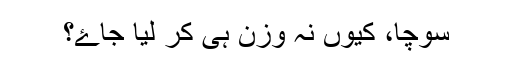
سوچا، کیوں نہ وزن ہی کر لیا جاۓ؟